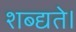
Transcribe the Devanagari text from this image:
शब्द्यते।